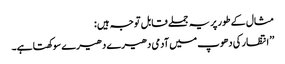
مثال کے طور پر یہ جملے قابل توجہ ہیں :
’’ انتظار کی دھوپ میں آدمی دھیرے دھیرے سوکھتا ہے۔